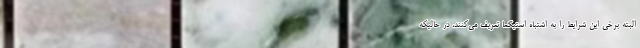
البته برخی این شرایط را به اشتباه استیگما تعریف می‌کنند، در حالیکه